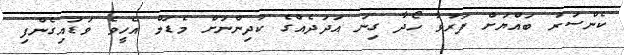
ކެންސަރު ބައްޔަށް ފަރުވާ ހޯދާ ގިނަ އަދަދެއްގެ ކުދިންނަށް މެޑަމް އެހީވެ ވަޑައިގެންފި